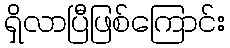
ရှိလာပြီဖြစ်ကြောင်း